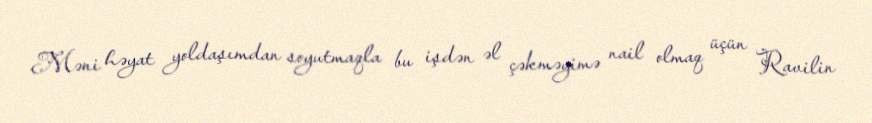
Məni həyat yoldaşımdan soyutmaqla bu işdən əl çəkməyimə nail olmaq üçün Ravilin